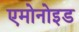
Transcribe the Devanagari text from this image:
एमोनोइड